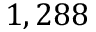
1 , 2 8 8